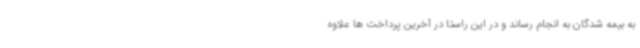
به بیمه شدگان به انجام رساند و در این راستا در آخرین پرداخت ها علاوه